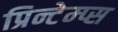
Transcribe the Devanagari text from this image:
प्रिन्टेम्प्स